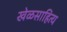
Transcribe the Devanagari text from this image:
खेळसाहित्य